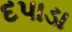
દપાડા